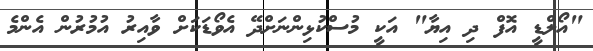
"އޯލްޑީ އޮފް ދި އިޔާ" އަކީ މުސްކުޅިންނަށްދޭ އެވޯޑަކަށް ވާއިރު އުމުރުން އެންމެ